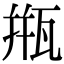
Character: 甁